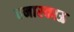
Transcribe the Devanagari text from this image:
वनारकाऊ